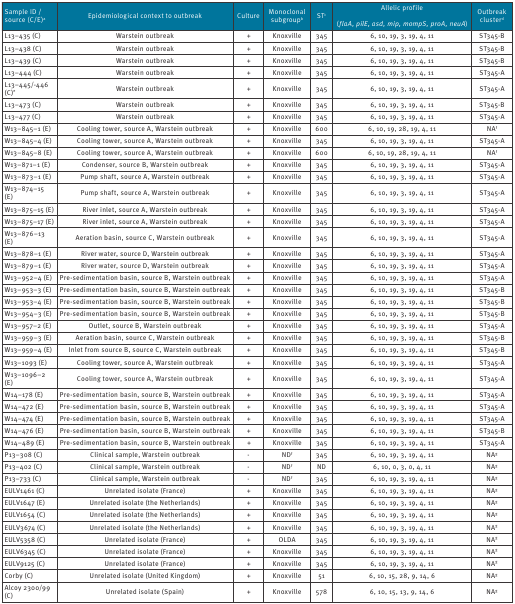
<table><thead><tr><td><b>Sample ID / source (C/E)<sup>a</sup></b></td><td><b>Epidemiological context to outbreak</b></td><td><b>Culture</b></td><td><b>Monoclonal subgroup<sup>b</sup></b></td><td><b>ST<sup>c</sup></b></td><td><b>Allelic profile(<i>flaA</i>, <i>pilE</i>, <i>asd</i>, <i>mip</i>, <i>mompS</i>, <i>proA</i>, <i>neuA</i>)</b></td><td><b>Outbreak cluster<sup>d</sup></b></td></tr></thead><tbody><tr><td>L13–435 (C)</td><td>Warstein outbreak</td><td> +</td><td>Knoxville</td><td>345</td><td>6, 10, 19, 3, 19, 4, 11</td><td>ST345-B</td></tr><tr><td>L13–438 (C)</td><td>Warstein outbreak</td><td> +</td><td>Knoxville</td><td>345</td><td>6, 10, 19, 3, 19, 4, 11</td><td>ST345-B</td></tr><tr><td>L13–439 (C)</td><td>Warstein outbreak</td><td> +</td><td>Knoxville</td><td>345</td><td>6, 10, 19, 3, 19, 4, 11</td><td>ST345-B</td></tr><tr><td>L13–444 (C)</td><td>Warstein outbreak</td><td> +</td><td>Knoxville</td><td>345</td><td>6, 10, 19, 3, 19, 4, 11</td><td>ST345-A</td></tr><tr><td>L13–445/-446 (C)<sup>e</sup></td><td>Warstein outbreak</td><td> +</td><td>Knoxville</td><td>345</td><td>6, 10, 19, 3, 19, 4, 11</td><td>ST345-A</td></tr><tr><td>L13–473 (C)</td><td>Warstein outbreak</td><td> +</td><td>Knoxville</td><td>345</td><td>6, 10, 19, 3, 19, 4, 11</td><td>ST345-B</td></tr><tr><td>L13–477 (C)</td><td>Warstein outbreak</td><td> +</td><td>Knoxville</td><td>345</td><td>6, 10, 19, 3, 19, 4, 11</td><td>ST345-A</td></tr><tr><td>W13–845–1 (E)</td><td>Cooling tower, source A, Warstein outbreak</td><td> +</td><td>Knoxville</td><td>600</td><td>6, 10, 19, 28, 19, 4, 11</td><td>NA<sup>f</sup></td></tr><tr><td>W13–845–4 (E)</td><td>Cooling tower, source A, Warstein outbreak</td><td> +</td><td>Knoxville</td><td>345</td><td>6, 10, 19, 3, 19, 4, 11</td><td>ST345-A</td></tr><tr><td>W13–845–8 (E)</td><td>Cooling tower, source A, Warstein outbreak</td><td> +</td><td>Knoxville</td><td>600</td><td>6, 10, 19, 28, 19, 4, 11</td><td>NA<sup>f</sup></td></tr><tr><td>W13–871–1 (E)</td><td>Condenser, source B, Warstein outbreak</td><td> +</td><td>Knoxville</td><td>345</td><td>6, 10, 19, 3, 19, 4, 11</td><td>ST345-A</td></tr><tr><td>W13–873–1 (E)</td><td>Pump shaft, source A, Warstein outbreak</td><td> +</td><td>Knoxville</td><td>345</td><td>6, 10, 19, 3, 19, 4, 11</td><td>ST345-A</td></tr><tr><td>W13–874–15 (E)</td><td>Pump shaft, source A, Warstein outbreak</td><td> +</td><td>Knoxville</td><td>345</td><td>6, 10, 19, 3, 19, 4, 11</td><td>ST345-A</td></tr><tr><td>W13–875–15 (E)</td><td>River inlet, source A, Warstein outbreak</td><td> +</td><td>Knoxville</td><td>345</td><td>6, 10, 19, 3, 19, 4, 11</td><td>ST345-A</td></tr><tr><td>W13–875–17 (E)</td><td>River inlet, source A, Warstein outbreak</td><td> +</td><td>Knoxville</td><td>345</td><td>6, 10, 19, 3, 19, 4, 11</td><td>ST345-A</td></tr><tr><td>W13–876–13 (E)</td><td>Aeration basin, source C, Warstein outbreak</td><td> +</td><td>Knoxville</td><td>345</td><td>6, 10, 19, 3, 19, 4, 11</td><td>ST345-A</td></tr><tr><td>W13–878–1 (E)</td><td>River water, source D, Warstein outbreak</td><td> +</td><td>Knoxville</td><td>345</td><td>6, 10, 19, 3, 19, 4, 11</td><td>ST345-A</td></tr><tr><td>W13–879–1 (E)</td><td>River water, source D, Warstein outbreak</td><td> +</td><td>Knoxville</td><td>345</td><td>6, 10, 19, 3, 19, 4, 11</td><td>ST345-A</td></tr><tr><td>W13–952–4 (E)</td><td>Pre-sedimentation basin, source B, Warstein outbreak</td><td> +</td><td>Knoxville</td><td>345</td><td>6, 10, 19, 3, 19, 4, 11</td><td>ST345-A</td></tr><tr><td>W13–953–3 (E)</td><td>Pre-sedimentation basin, source B, Warstein outbreak</td><td> +</td><td>Knoxville</td><td>345</td><td>6, 10, 19, 3, 19, 4, 11</td><td>ST345-B</td></tr><tr><td>W13–953–4 (E)</td><td>Pre-sedimentation basin, source B, Warstein outbreak</td><td> +</td><td>Knoxville</td><td>345</td><td>6, 10, 19, 3, 19, 4, 11</td><td>ST345-B</td></tr><tr><td>W13–954–3 (E)</td><td>Pre-sedimentation basin, source B, Warstein outbreak</td><td> +</td><td>Knoxville</td><td>345</td><td>6, 10, 19, 3, 19, 4, 11</td><td>ST345-B</td></tr><tr><td>W13–957–2 (E)</td><td>Outlet, source B, Warstein outbreak</td><td> +</td><td>Knoxville</td><td>345</td><td>6, 10, 19, 3, 19, 4, 11</td><td>ST345-A</td></tr><tr><td>W13–959–3 (E)</td><td>Aeration basin, source C, Warstein outbreak</td><td> +</td><td>Knoxville</td><td>345</td><td>6, 10, 19, 3, 19, 4, 11</td><td>ST345-B</td></tr><tr><td>W13–959–4 (E)</td><td>Inlet from source B, source C, Warstein outbreak</td><td> +</td><td>Knoxville</td><td>345</td><td>6, 10, 19, 3, 19, 4, 11</td><td>ST345-B</td></tr><tr><td>W13–1093 (E)</td><td>Cooling tower, source A, Warstein outbreak</td><td> +</td><td>Knoxville</td><td>345</td><td>6, 10, 19, 3, 19, 4, 11</td><td>ST345-A</td></tr><tr><td>W13–1096–2 (E)</td><td>Cooling tower, source A, Warstein outbreak</td><td> +</td><td>Knoxville</td><td>345</td><td>6, 10, 19, 3, 19, 4, 11</td><td>ST345-A</td></tr><tr><td>W14–178 (E)</td><td>Pre-sedimentation basin, source B, Warstein outbreak</td><td> +</td><td>Knoxville</td><td>345</td><td>6, 10, 19, 3, 19, 4, 11</td><td>ST345-A</td></tr><tr><td>W14–472 (E)</td><td>Pre-sedimentation basin, source B, Warstein outbreak</td><td> +</td><td>Knoxville</td><td>345</td><td>6, 10, 19, 3, 19, 4, 11</td><td>ST345-A</td></tr><tr><td>W14–474 (E)</td><td>Pre-sedimentation basin, source B, Warstein outbreak</td><td> +</td><td>Knoxville</td><td>345</td><td>6, 10, 19, 3, 19, 4, 11</td><td>ST345-A</td></tr><tr><td>W14–476 (E)</td><td>Pre-sedimentation basin, source B, Warstein outbreak</td><td> +</td><td>Knoxville</td><td>345</td><td>6, 10, 19, 3, 19, 4, 11</td><td>ST345-B</td></tr><tr><td>W14–489 (E)</td><td>Pre-sedimentation basin, source B, Warstein outbreak</td><td> +</td><td>Knoxville</td><td>345</td><td>6, 10, 19, 3, 19, 4, 11</td><td>ST345-A</td></tr><tr><td>P13–308 (C)</td><td>Clinical sample, Warstein outbreak</td><td>-</td><td>ND<sup>f</sup></td><td>345</td><td>6, 10, 19, 3, 19, 4, 11</td><td>NA<sup>g</sup></td></tr><tr><td>P13–402 (C)</td><td>Clinical sample, Warstein outbreak</td><td>-</td><td>ND<sup>f</sup></td><td>ND</td><td>6, 10, 0, 3, 0, 4, 11</td><td>NA<sup>g</sup></td></tr><tr><td>P13–733 (C)</td><td>Clinical sample, Warstein outbreak</td><td>-</td><td>ND<sup>f</sup></td><td>345</td><td>6, 10, 19, 3, 19, 4, 11</td><td>NA<sup>g</sup></td></tr><tr><td>EULV1461 (C)</td><td>Unrelated isolate (France)</td><td> +</td><td>Knoxville</td><td>345</td><td>6, 10, 19, 3, 19, 4, 11</td><td>NA<sup>g</sup></td></tr><tr><td>EULV1647 (E)</td><td>Unrelated isolate (the Netherlands)</td><td> +</td><td>Knoxville</td><td>345</td><td>6, 10, 19, 3, 19, 4, 11</td><td>NA<sup>g</sup></td></tr><tr><td>EULV1654 (C)</td><td>Unrelated isolate (the Netherlands)</td><td> +</td><td>Knoxville</td><td>345</td><td>6, 10, 19, 3, 19, 4, 11</td><td>NA<sup>g</sup></td></tr><tr><td>EULV3674 (C)</td><td>Unrelated isolate (the Netherlands)</td><td> +</td><td>Knoxville</td><td>345</td><td>6, 10, 19, 3, 19, 4, 11</td><td>NA<sup>g</sup></td></tr><tr><td>EULV5358 (C)</td><td>Unrelated isolate (France)</td><td> +</td><td>OLDA</td><td>345</td><td>6, 10, 19, 3, 19, 4, 11</td><td>NA<sup>g</sup></td></tr><tr><td>EULV6345 (C)</td><td>Unrelated isolate (France)</td><td> +</td><td>Knoxville</td><td>345</td><td>6, 10, 19, 3, 19, 4, 11</td><td>NA<sup>g</sup></td></tr><tr><td>EULV9125 (C)</td><td>Unrelated isolate (France)</td><td> +</td><td>Knoxville</td><td>345</td><td>6, 10, 19, 3, 19, 4, 11</td><td>NA<sup>g</sup></td></tr><tr><td>Corby (C)</td><td>Unrelated isolate (United Kingdom)</td><td> +</td><td>Knoxville</td><td>51</td><td>6, 10, 15, 28, 9, 14, 6</td><td>NA<sup>g</sup></td></tr><tr><td>Alcoy 2300/99 (C)</td><td>Unrelated isolate (Spain)</td><td> +</td><td>Knoxville</td><td>578</td><td>6, 10, 15, 13, 9, 14, 6</td><td>NA<sup>g</sup></td></tr></tbody></table>